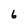
Character: 6